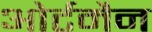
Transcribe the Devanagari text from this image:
ओर्टमैन